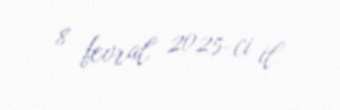
8 fevral 2025-ci il